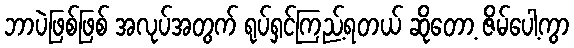
ဘာပဲဖြစ်ဖြစ် အလုပ်အတွက် ရုပ်ရှင်ကြည့်ရတယ် ဆိုတော့ ဇိမ်ပေါ့ကွာ